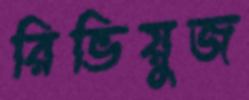
রিভিয়ুজ